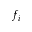
f _ { i }